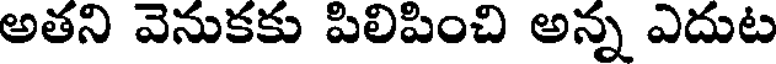
అతని వెనుకకు పిలిపించి అన్న ఎదుట